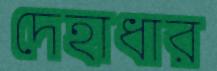
দেহাধার